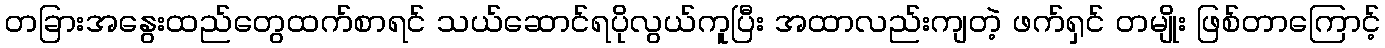
တခြားအနွေးထည်တွေထက်စာရင် သယ်ဆောင်ရပိုလွယ်ကူပြီး အထာလည်းကျတဲ့ ဖက်ရှင် တမျိုး ဖြစ်တာကြောင့်